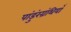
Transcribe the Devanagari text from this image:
पांडुंरग्रंथियाँ